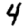
Digit: 4